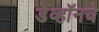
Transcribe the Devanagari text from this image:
डेव्हॉनचे